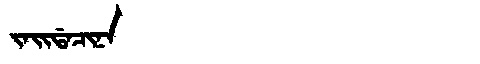
Manchu: ᠵᠠᡳᡩᠠᠴᡳᠨᠠ
Romanization: JAIDACINA